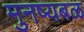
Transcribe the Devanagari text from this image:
मुनष्यबळ